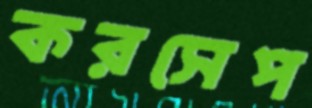
করসেপ